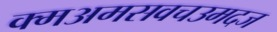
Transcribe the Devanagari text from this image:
क्मअमसवचउमदज